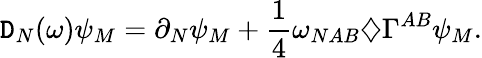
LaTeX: \mathtt{D}_{N}(\omega)\psi_{M}=\partial_{N}\psi_{M}+\frac{{1}}{{4}}\omega_{NAB}\diamondsuit\Gamma^{AB}\psi_{M}.